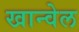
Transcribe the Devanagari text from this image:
खान्वेल